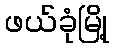
ဖယ်ခုံမြို့